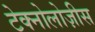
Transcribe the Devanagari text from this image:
टेक्नोलोज़ीस